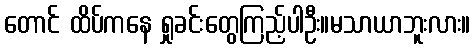
တောင် ထိပ်ကနေ ရှုခင်းတွေကြည့်ပါဦး။မသာယာဘူးလား။